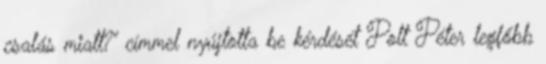
csalás miatt?” címmel nyújtotta be kérdését Polt Péter legfőbb